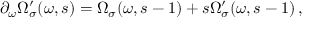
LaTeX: \partial _ { \omega } \Omega _ { \sigma } ^ { \prime } ( \omega , s ) = \Omega _ { \sigma } ( \omega , s - 1 ) + s \Omega _ { \sigma } ^ { \prime } ( \omega , s - 1 ) \, ,